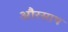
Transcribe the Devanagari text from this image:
औरसाथ